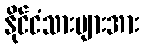
နိုင်ငံသားများအား